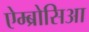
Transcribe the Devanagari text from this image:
ऐम्ब्रोसिआ